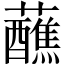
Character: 蘸